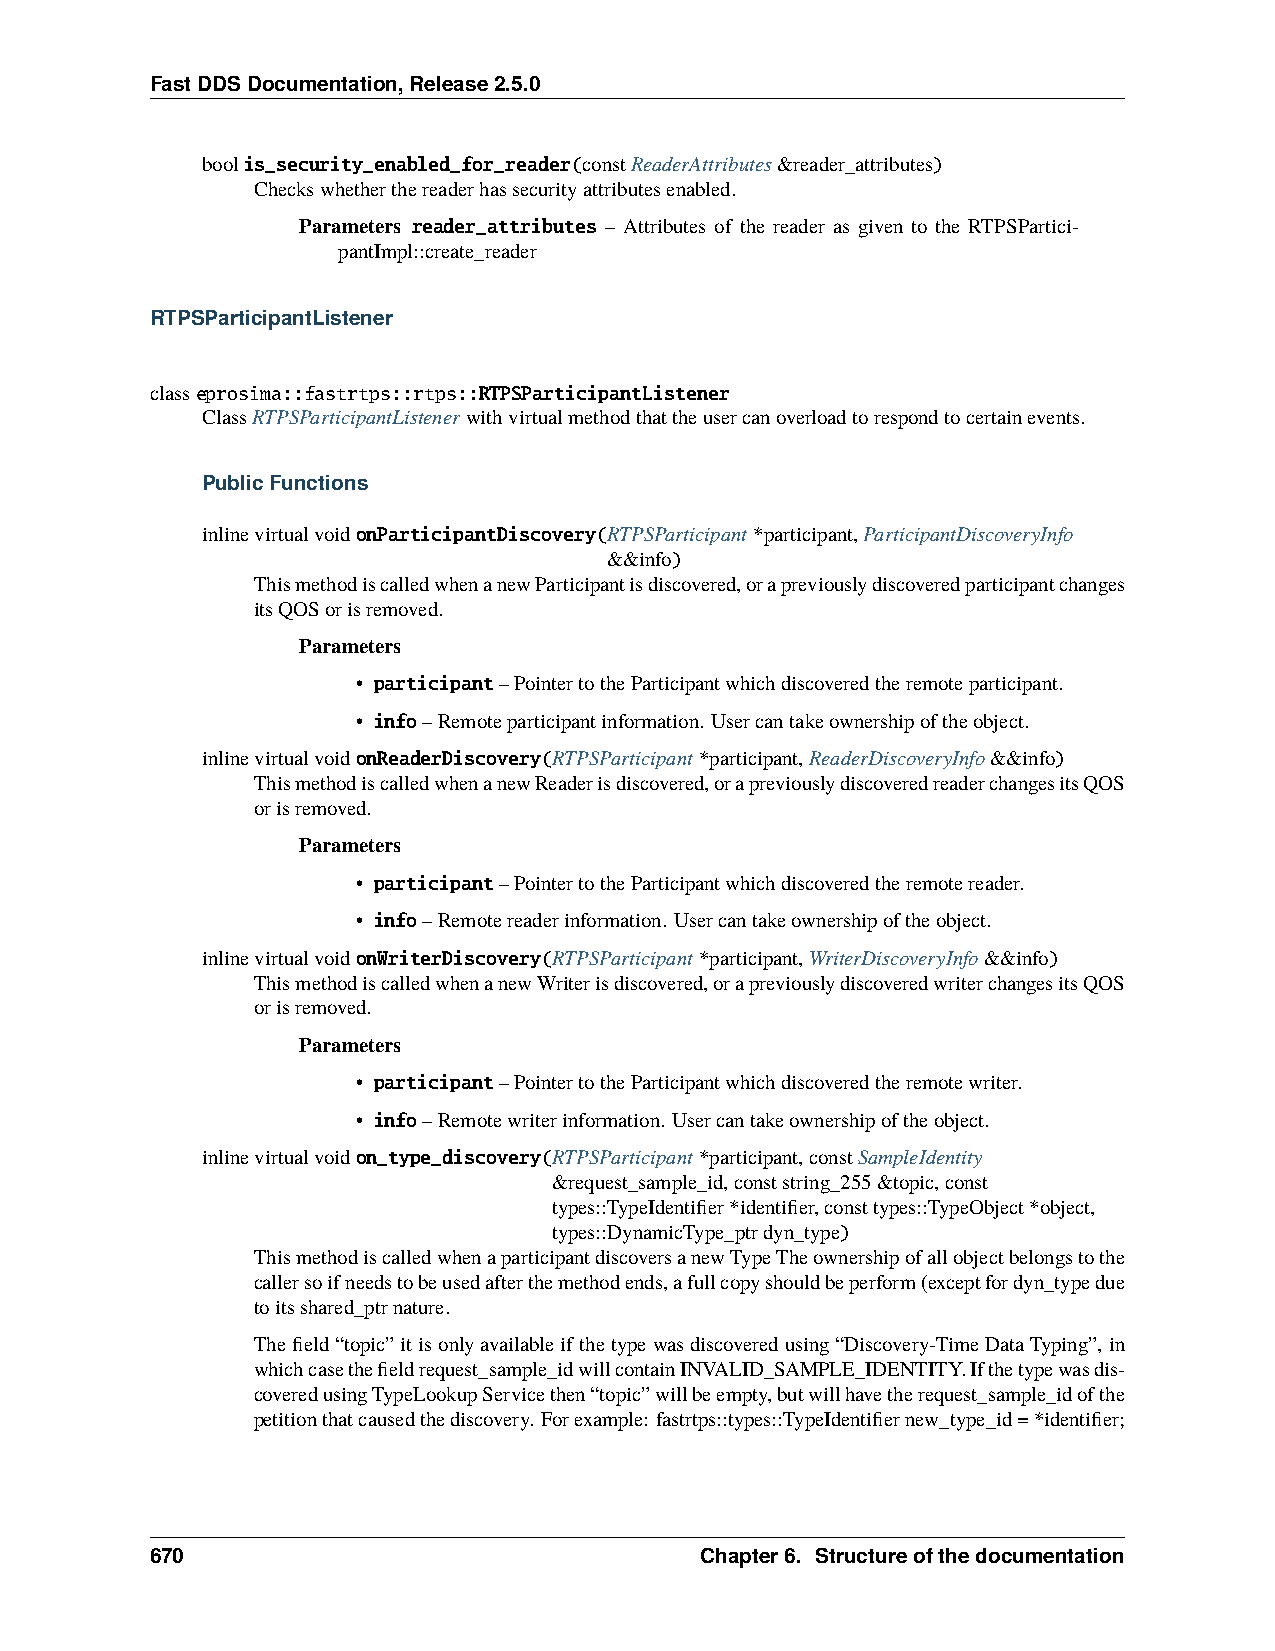
FastDDSDocumentation,Release2.5.0
 boolis_security_enabled_for_reader(constReaderAttributes&reader_attributes)
 Checkswhetherthereaderhassecurityattributesenabled.
 Parameters reader_attributes – Attributes of the reader as given to the RTPSPartici-
 pantImpl::create_reader
 RTPSParticipantListener
 classeprosima::fastrtps::rtps::RTPSParticipantListener
 ClassRTPSParticipantListenerwithvirtualmethodthattheusercanoverloadtorespondtocertainevents.
 PublicFunctions
 inlinevirtualvoidonParticipantDiscovery(RTPSParticipant*participant,ParticipantDiscoveryInfo
 &&info)
 ThismethodiscalledwhenanewParticipantisdiscovered,orapreviouslydiscoveredparticipantchanges
 itsQOSorisremoved.
 Parameters
 • participant–PointertotheParticipantwhichdiscoveredtheremoteparticipant.
 • info–Remoteparticipantinformation. Usercantakeownershipoftheobject.
 inlinevirtualvoidonReaderDiscovery(RTPSParticipant*participant,ReaderDiscoveryInfo&&info)
 ThismethodiscalledwhenanewReaderisdiscovered,orapreviouslydiscoveredreaderchangesitsQOS
 orisremoved.
 Parameters
 • participant–PointertotheParticipantwhichdiscoveredtheremotereader.
 • info–Remotereaderinformation. Usercantakeownershipoftheobject.
 inlinevirtualvoidonWriterDiscovery(RTPSParticipant*participant,WriterDiscoveryInfo&&info)
 ThismethodiscalledwhenanewWriterisdiscovered,orapreviouslydiscoveredwriterchangesitsQOS
 orisremoved.
 Parameters
 • participant–PointertotheParticipantwhichdiscoveredtheremotewriter.
 • info–Remotewriterinformation. Usercantakeownershipoftheobject.
 inlinevirtualvoidon_type_discovery(RTPSParticipant*participant,constSampleIdentity
 &request_sample_id,conststring_255&topic,const
 types::TypeIdentifier*identifier,consttypes::TypeObject*object,
 types::DynamicType_ptrdyn_type)
 ThismethodiscalledwhenaparticipantdiscoversanewTypeTheownershipofallobjectbelongstothe
 callersoifneedstobeusedafterthemethodends,afullcopyshouldbeperform(exceptfordyn_typedue
 toitsshared_ptrnature.
 Thefield“topic”itisonlyavailableifthetypewasdiscoveredusing“Discovery-TimeDataTyping”,in
 whichcasethefieldrequest_sample_idwillcontainINVALID_SAMPLE_IDENTITY.Ifthetypewasdis-
 coveredusingTypeLookupServicethen“topic”willbeempty,butwillhavetherequest_sample_idofthe
 petitionthatcausedthediscovery. Forexample: fastrtps::types::TypeIdentifiernew_type_id=*identifier;
 670                                 Chapter6. Structureofthedocumentation